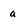
Character: a